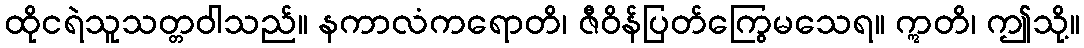
ထိုငရဲသူသတ္တဝါသည်။ နကာလံကရောတိ၊ ဇီဝိန်ပြတ်ကြွေမသေရ။ ဣတိ၊ ဤသို့။